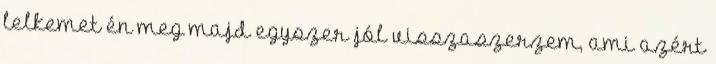
lelkemet én meg majd egyszer jól visszaszerzem, ami azért